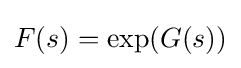
F(s)=\exp(G(s))